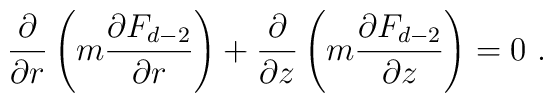
\frac{\partial}{\partial r} \left( m \frac{\partial F_{d-2}}{\partial r} \right)+ \frac{\partial}{\partial z} \left( m \frac{\partial F_{d-2}}{\partial z} \right)= 0 \ .